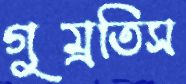
গুম্‌রতিস